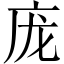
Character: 庞